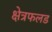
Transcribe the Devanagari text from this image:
क्षेत्रफलड